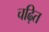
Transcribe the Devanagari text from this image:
चढ़ित